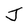
Character: J